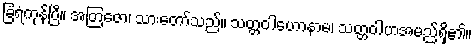
ခြံရံကုန်ပြီ။ အတြဇော၊ သားတော်သည်။ သတ္တဝါဟောနာမ၊ သတ္တဝါဟအမည်ရှိ၏။